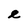
Character: e